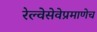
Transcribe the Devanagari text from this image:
रेल्वेसेवेप्रमाणेच